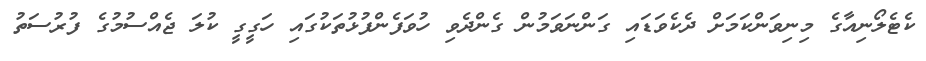
ކެޓެލޯނިއާގެ މިނިވަންކަމަށް ދެކެވަޑައި ގަންނަވަމުން ގެންދެވި ހުވަފެންފުޅުތަކުގައި ހަގީގީ ކުލަ ޖެއްސުމުގެ ފުރުސަތު